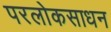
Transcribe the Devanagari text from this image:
परलोकसाधन